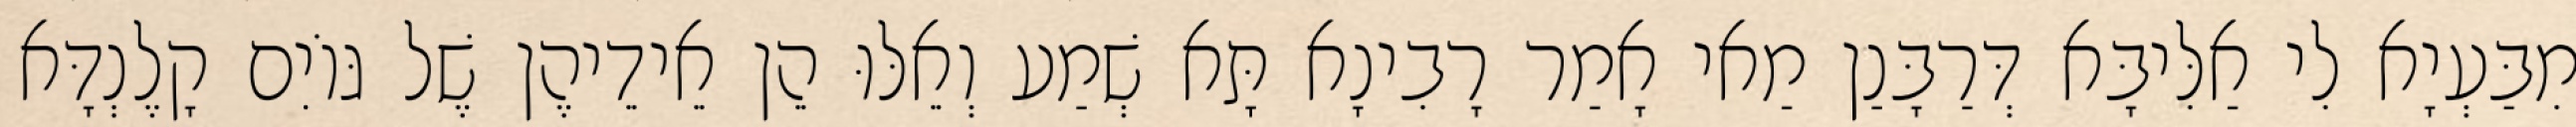
מִבַּעְיָא לִי אַלִּיבָּא דְּרַבָּנַן מַאי אָמַר רָבִינָא תָּא שְׁמַע וְאֵלּוּ הֵן אֵידֵיהֶן שֶׁל גּוֹיִם קָלֶנְדָּא